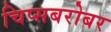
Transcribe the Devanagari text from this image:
चिप्सबरोबर